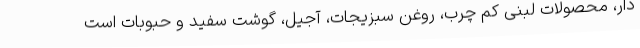
دار، محصولات لبنی کم چرب، روغن سبزیجات، آجیل، گوشت سفید و حبوبات است